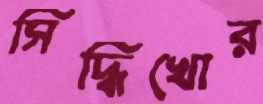
সিদ্ধিখোর